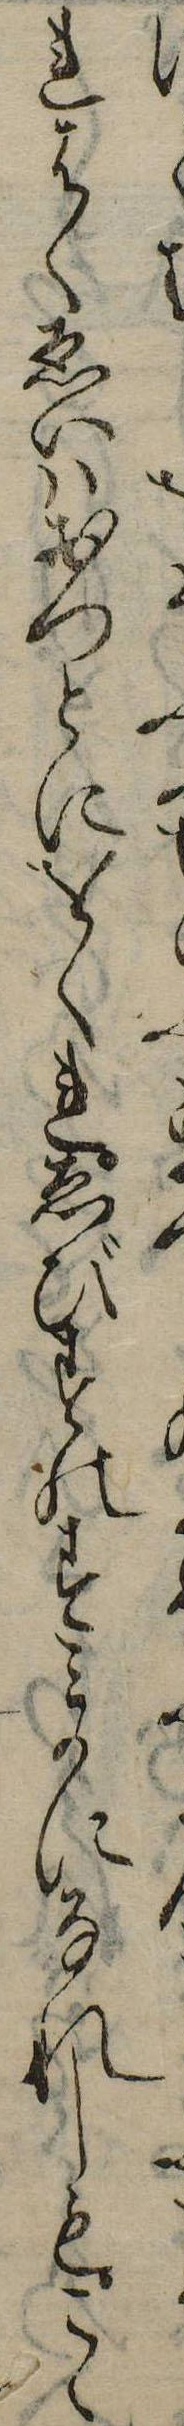
れはくゑいはおつとにをくれゑびすのすみかになれしもこゝ